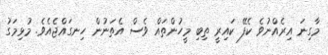
މާގިނަ އިރެއްނުވެ ކެފޭ ކައިރީ ތިބި މީހުންތައް ވެސް އެތަނުން ހިނގައްޖެއެވެ. މުޅިމަގު